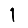
Digit: 1